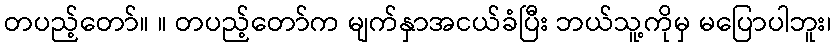
တပည့်တော်။ ။ တပည့်တော်က မျက်နှာအငယ်ခံပြီး ဘယ်သူ့ကိုမှ မပြောပါဘူး၊